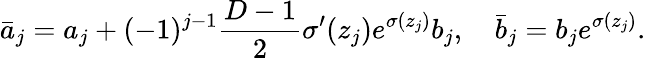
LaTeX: \bar{a}_{j}=a_{j}+(-1)^{j-1}\frac{D-1}{2}\sigma^{\prime}(z_{j})e^{\sigma(z_{j})}b_{j},\quad\bar{b}_{j}=b_{j}e^{\sigma(z_{j})}.